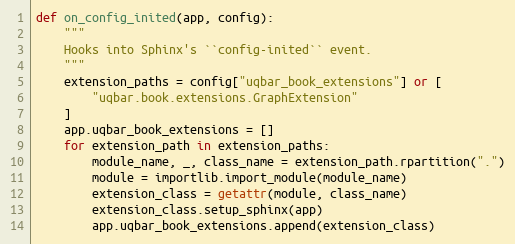
Language: Python
def on_config_inited(app, config):
    """
    Hooks into Sphinx's ``config-inited`` event.
    """
    extension_paths = config["uqbar_book_extensions"] or [
        "uqbar.book.extensions.GraphExtension"
    ]
    app.uqbar_book_extensions = []
    for extension_path in extension_paths:
        module_name, _, class_name = extension_path.rpartition(".")
        module = importlib.import_module(module_name)
        extension_class = getattr(module, class_name)
        extension_class.setup_sphinx(app)
        app.uqbar_book_extensions.append(extension_class)